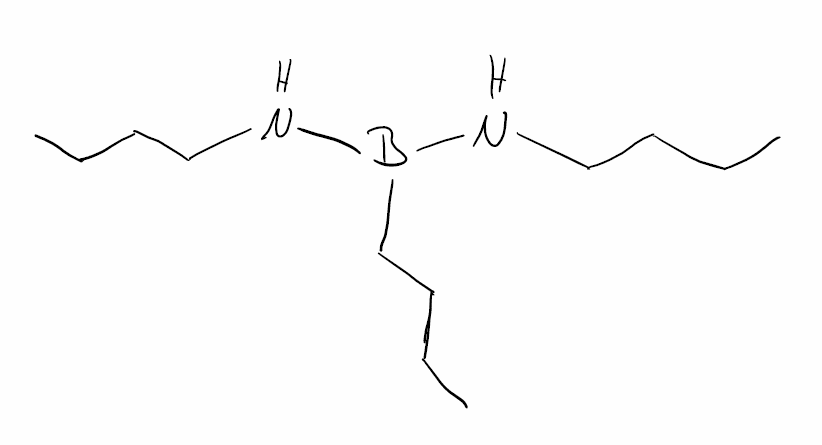
Simplified molecular-input line-entry system (SMILES) notation of the given molecule:
B(CCCC)(NCCCC)NCCCC